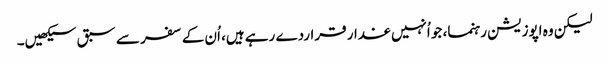
لیکن وہ اپوزیشن رہنما، جو اُنہیں غدار قراردے رہے ہیں، اُن کے سفر سے سبق سیکھیں۔